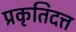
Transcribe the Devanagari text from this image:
प्रकृतिदत्त